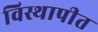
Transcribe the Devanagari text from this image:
विस्थापीत